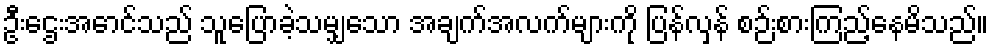
ဦးဌေးအောင်သည် သူပြောခဲ့သမျှသော အချက်အလက်များကို ပြန်လှန် စဉ်းစားကြည့်နေမိသည်။